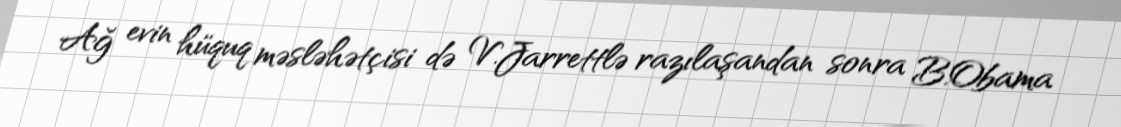
Ağ evin hüquq məsləhətçisi də V.Jarrettlə razılaşandan sonra B.Obama